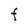
Character: F